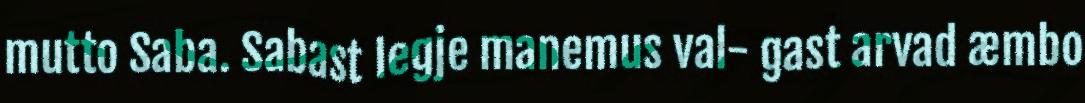
mutto Saba. Sabast legje manemus val- gast arvad æmbo